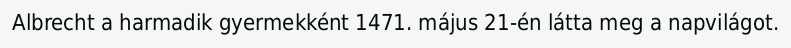
Albrecht a harmadik gyermekként 1471. május 21-én látta meg a napvilágot.